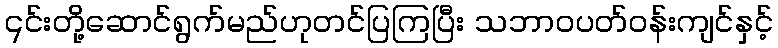
၎င်းတို့ဆောင်ရွက်မည်ဟုတင်ပြကြပြီး သဘာဝပတ်ဝန်းကျင်နှင့်